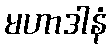
မဟာဒါနံ